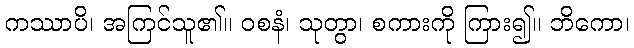
ကဿာပိ၊ အကြင်သူ၏။ ဝစနံ၊ သုတွာ၊ စကားကို ကြား၍။ ဘိကော၊